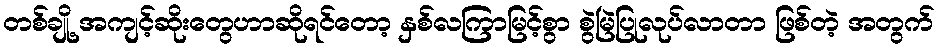
တစ်ချို့ အကျင့်ဆိုးတွေဟာဆိုရင်တော့ နှစ်လကြာမြင့်စွာ စွဲမြဲပြုလုပ်လာတာ ဖြစ်တဲ့ အတွက်